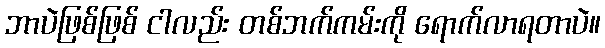
ဘာပဲဖြစ်ဖြစ် ငါလည်း တစ်ဘက်ကမ်းကို ရောက်လာရတာပဲ။